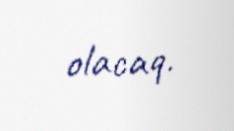
olacaq.